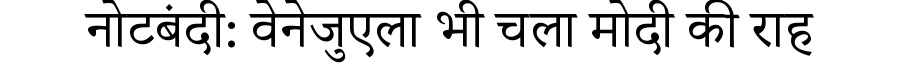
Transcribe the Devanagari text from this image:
नोटबंदी: वेनेजुएला भी चला मोदी की राह